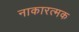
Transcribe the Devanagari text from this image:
नाकारत्मक